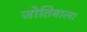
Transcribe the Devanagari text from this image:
जोतिबाला